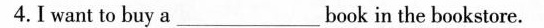
4.I want to buy a___book in the bookstore.